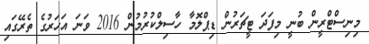
މިނިސްޓްރީން ބުނީ މިފަދަ ޓީޗަރުން ޑިޕްލޮމާ ހާސިލްކުރުމުން 2016 ވަަނަ އަހަރުގެ ތެރޭގައި